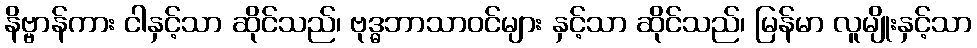
နိဗ္ဗာန်ကား ငါနှင့်သာ ဆိုင်သည်၊ ဗုဒ္ဓဘာသာဝင်များ နှင့်သာ ဆိုင်သည်၊ မြန်မာ လူမျိုးနှင့်သာ